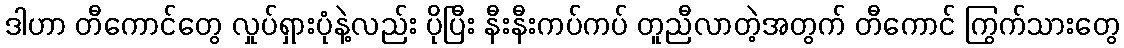
ဒါဟာ တီကောင်တွေ လှုပ်ရှားပုံနဲ့လည်း ပိုပြီး နီးနီးကပ်ကပ် တူညီလာတဲ့အတွက် တီကောင် ကြွက်သားတွေ